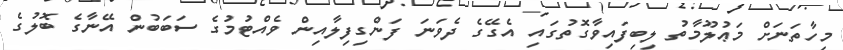
މިހާތަނަށް މަޢުލޫމާތު ލިބިފައިވާގޮތުގައި އެގޭގެ ދެވަނަ ފަންގިފިލާއިން ވެއްޓުމުގެ ސަބަބުން އޭނާގެ ބޮލުގެ